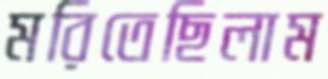
মরিতেছিলাম